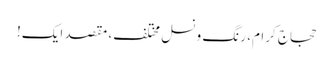
حجاج کرام، رنگ و نسل مختلف، مقصد ایک!